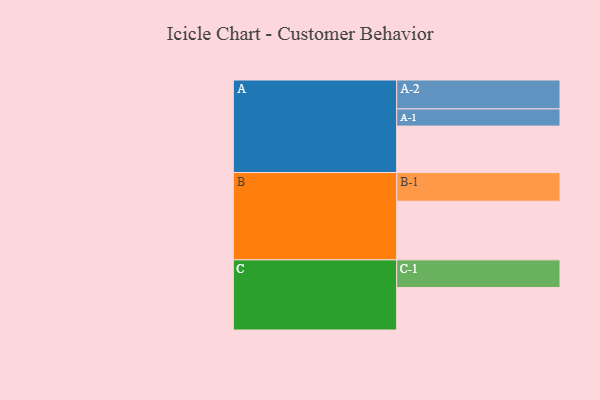
{"axis": {"x": "Segment", "y": "Value"}, "legend": ["", "A", "B", "C"], "data": [{"x": "A", "y": 379, "type": ""}, {"x": "B", "y": 478, "type": ""}, {"x": "C", "y": 346, "type": ""}, {"x": "A-1", "y": 140, "type": "A"}, {"x": "A-2", "y": 236, "type": "A"}, {"x": "B-1", "y": 234, "type": "B"}, {"x": "C-1", "y": 226, "type": "C"}]}